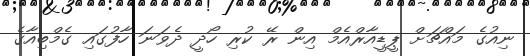
ނިއުގެ މައްޗަށް ޕީޑީއާރްއެމް އިން ރޭ ކުރި ހޯދީ ދެވަނަ ހާފުގައި ގެމްބިއާގެ